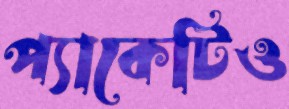
প্যাকেটিও